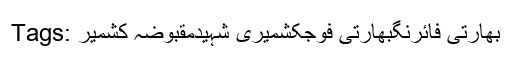
Tags: بھارتی فائرنگبھارتی فوجکشمیری شہیدمقبوضہ کشمیر